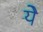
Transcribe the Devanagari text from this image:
येे